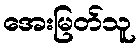
အေးမြတ်သူ